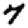
Digit: 7